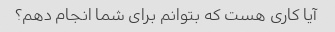
آیا کاری هست که بتوانم برای شما انجام دهم؟